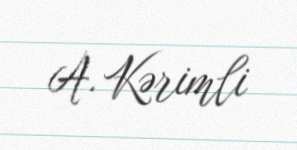
A. Kərimli